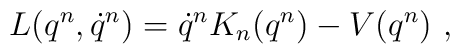
L(q^n,\dot{q}^n)=\dot{q}^nK_n(q^n)-V(q^n)\ ,